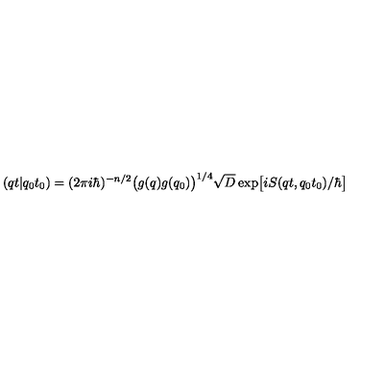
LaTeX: ( q t \vert q _ { 0 } t _ { 0 } ) = ( 2 \pi i \hbar ) ^ { - n / 2 } \bigl ( g ( q ) g ( q _ { 0 } ) \bigr ) ^ { 1 / 4 } \sqrt { D } \exp \bigl [ i S ( q t , q _ { 0 } t _ { 0 } ) / \hbar \bigr ]